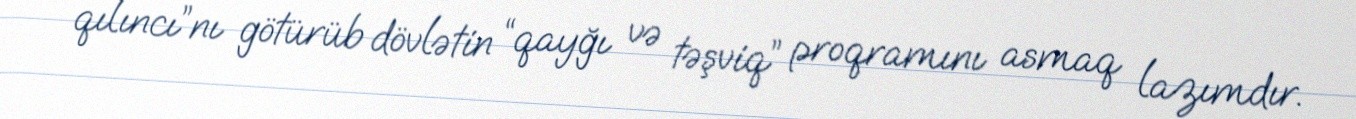
qılıncı”nı götürüb dövlətin “qayğı və təşviq” proqramını asmaq lazımdır.